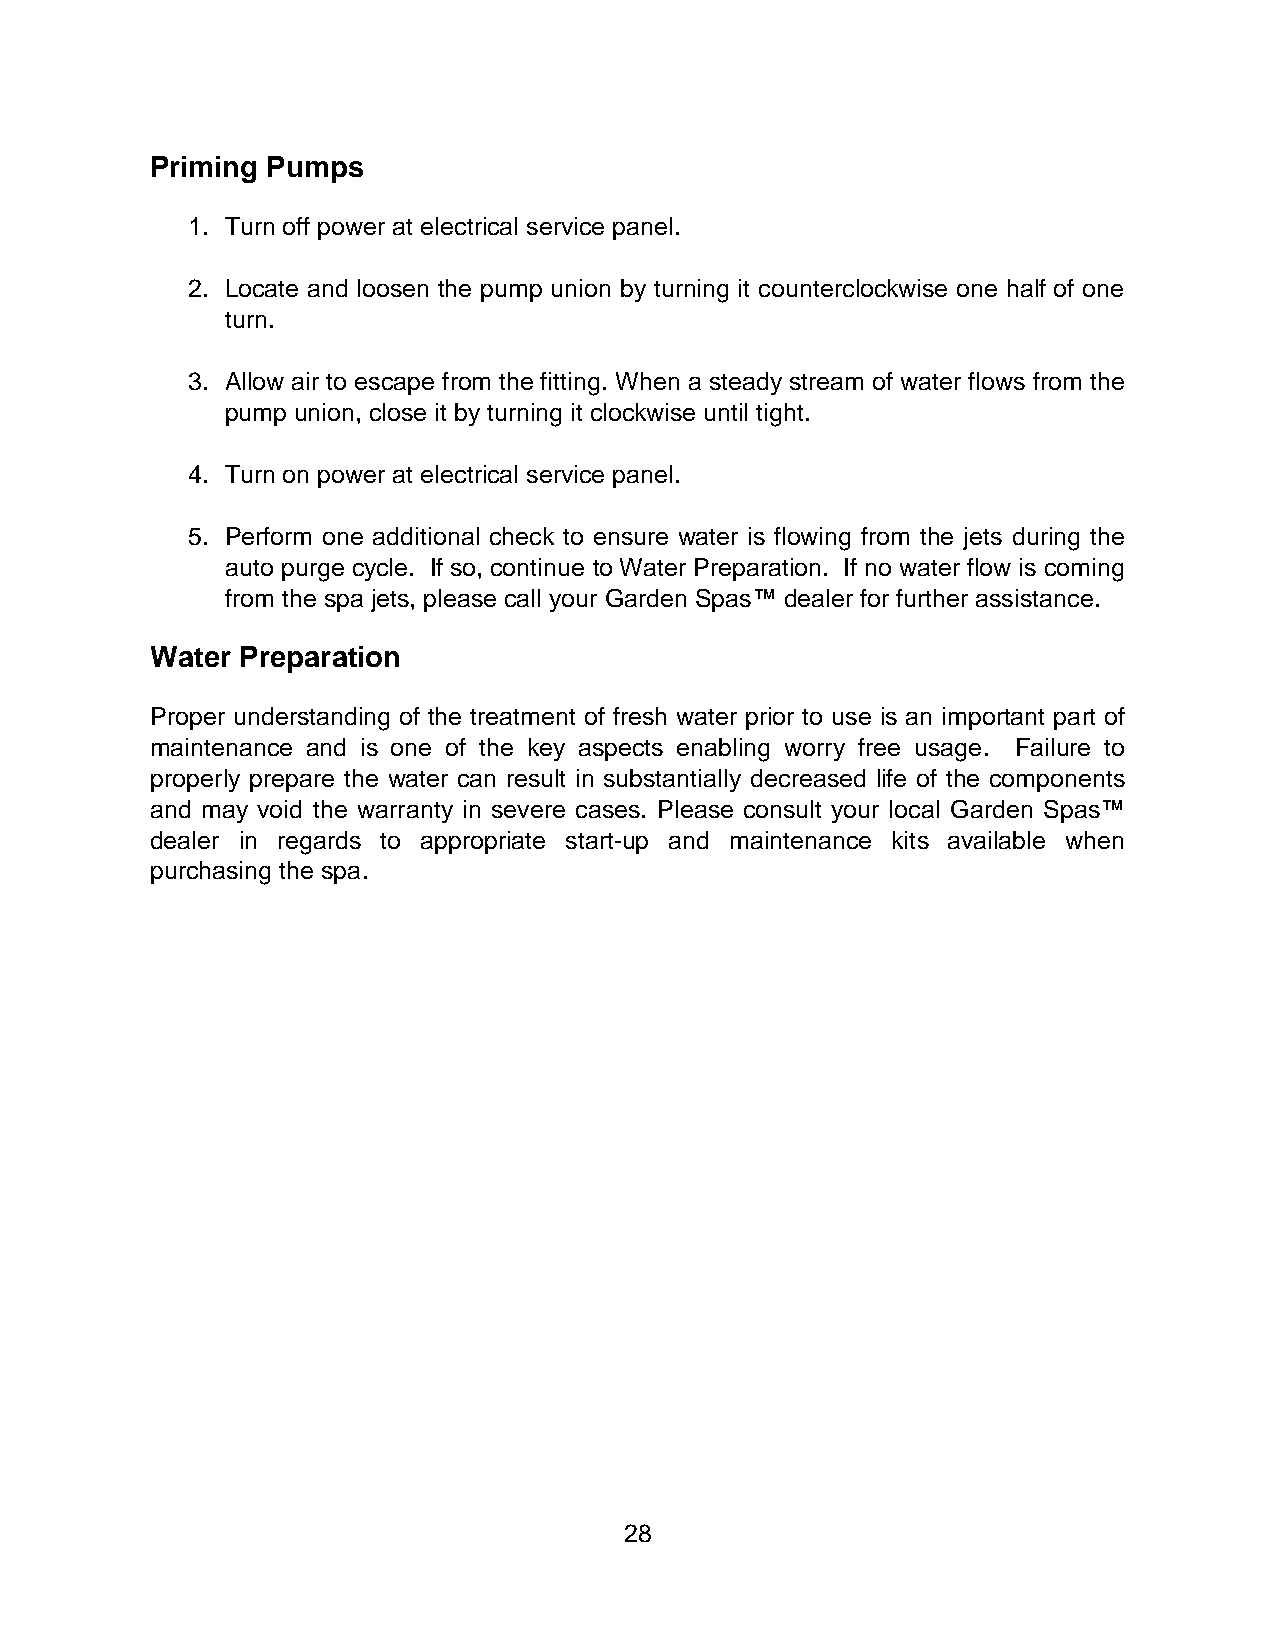
Priming Pumps
 1. Turn off power at electrical service panel.
 2. Locate and loosen the pump union by turning it counterclockwise one half of one
 turn.
 3. Allow air to escape from the fitting. When a steady stream of water flows from the
 pump union, close it by turning it clockwise until tight.
 4. Turn on power at electrical service panel.
 5. Perform one additional check to ensure water is flowing from the jets during the
 auto purge cycle. If so, continue to Water Preparation. If no water flow is coming
 from the spa jets, please call your Garden Spas™ dealer for further assistance.
 Water Preparation
 Proper understanding of the treatment of fresh water prior to use is an important part of
 maintenance and is one of the key aspects enabling worry free usage. Failure to
 properly prepare the water can result in substantially decreased life of the components
 and may void the warranty in severe cases. Please consult your local Garden Spas™
 dealer in regards to appropriate start-up and maintenance kits available when
 purchasing the spa.
 28